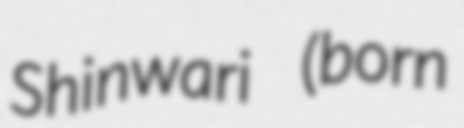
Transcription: Shinwari (born